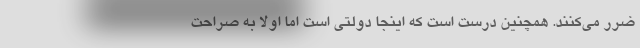
ضرر می‌کنند. همچنین درست است که اینجا دولتی است اما اولا به صراحت